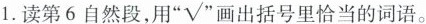
1.读第6自然段，用”√”画出括号里恰当的词语。